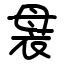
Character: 袰